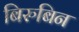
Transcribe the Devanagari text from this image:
बिरुबिन